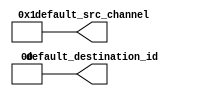
module seq_id_router_default_decode
  #(
     parameter DEFAULT_CHANNEL = 0,
               DEFAULT_DESTID = 0 
   )
  (output [71 - 70 : 0] default_destination_id,
   output [4-1 : 0] default_src_channel
  );

  assign default_destination_id = 
    DEFAULT_DESTID[71 - 70 : 0];
  generate begin : default_decode
    if (DEFAULT_CHANNEL == -1)
      assign default_src_channel = 0;		//*** SV-to-V: '0=>0 
    else
      assign default_src_channel = 4'b1 << DEFAULT_CHANNEL;
  end endgenerate

endmodule